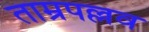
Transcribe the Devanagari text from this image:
ताम्रपल्लव